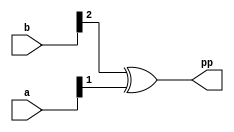
module R4ABE2
(
   input  [1:0] a,
   input  [2:0] b,
   output pp
);

	assign pp = b[2] ^ a[1];
	
endmodule